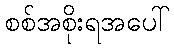
စစ်အစိုးရအပေါ်